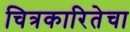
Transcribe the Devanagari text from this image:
चित्रकारितेचा